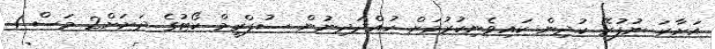
އަށާރަ ނުފުރޭ ކުދިން ކައިވެނިކުރުމަށް ހުއްދަދިނުން ސުޕްރީމް ކޯޓުގެ ދަށަށް2 މަސް 1